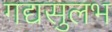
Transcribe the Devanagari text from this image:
गद्यसुलभ